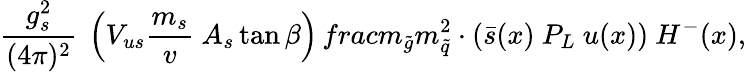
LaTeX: \frac{g_{s}^{2}}{(4\pi)^{2}}\ \left(V_{us}\frac{m_{s}}{v}\ A_{s}\tan\beta\right)\, frac{m_{\tilde{g}}}{m_{\tilde{q}}^{2}}\cdot(\bar{s}(x)\ P_{L}\ u(x))\ H^{-}(x),